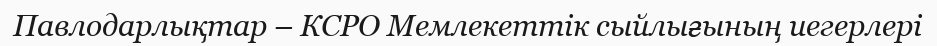
Павлодарлықтар – КСРО Мемлекеттік сыйлығының иегерлері